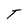
Character: T